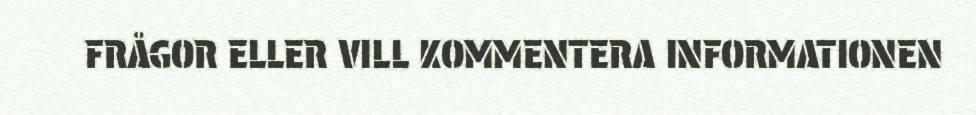
FRÅGOR ELLER VILL KOMMENTERA INFORMATIONEN